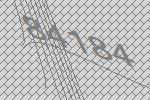
84184